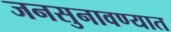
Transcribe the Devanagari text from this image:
जनसुनावण्यात